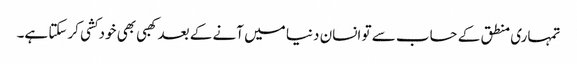
تمہاری منطق کے حساب سے تو انسان دنیا میں آنے کے بعد کھبی بھی خودکشی کرسکتا ہے۔